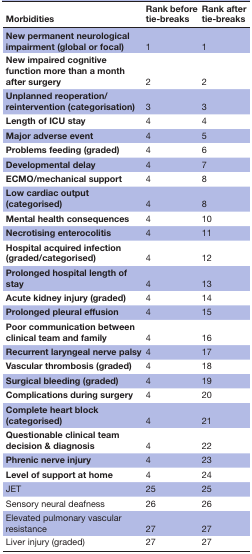
<table><thead><tr><td><b>Morbidities</b></td><td><b>Rank before tie-breaks</b></td><td><b>Rank after tie-breaks</b></td></tr></thead><tbody><tr><td><b>New permanent neurological impairment (global or focal)</b></td><td>1</td><td>1</td></tr><tr><td><b>New impaired cognitive function more than a month after surgery</b></td><td>2</td><td>2</td></tr><tr><td><b>Unplanned reoperation/reintervention (categorisation)</b></td><td>3</td><td>3</td></tr><tr><td><b>Length of ICU stay</b></td><td>4</td><td>4</td></tr><tr><td><b>Major adverse event</b></td><td>4</td><td>5</td></tr><tr><td><b>Problems feeding (graded)</b></td><td>4</td><td>6</td></tr><tr><td><b>Developmental delay</b></td><td>4</td><td>7</td></tr><tr><td><b>ECMO/mechanical support</b></td><td>4</td><td>8</td></tr><tr><td><b>Low cardiac output (categorised)</b></td><td>4</td><td>8</td></tr><tr><td><b>Mental health consequences</b></td><td>4</td><td>10</td></tr><tr><td><b>Necrotising enterocolitis</b></td><td>4</td><td>11</td></tr><tr><td><b>Hospital acquired infection (graded/categorised)</b></td><td>4</td><td>12</td></tr><tr><td><b>Prolonged hospital length of stay</b></td><td>4</td><td>13</td></tr><tr><td><b>Acute kidney injury (graded)</b></td><td>4</td><td>14</td></tr><tr><td><b>Prolonged pleural effusion</b></td><td>4</td><td>15</td></tr><tr><td><b>Poor communication between clinical team and family</b></td><td>4</td><td>16</td></tr><tr><td><b>Recurrent laryngeal nerve palsy</b></td><td>4</td><td>17</td></tr><tr><td><b>Vascular thrombosis (graded)</b></td><td>4</td><td>18</td></tr><tr><td><b>Surgical bleeding (graded)</b></td><td>4</td><td>19</td></tr><tr><td><b>Complications during surgery</b></td><td>4</td><td>20</td></tr><tr><td><b>Complete heart block (categorised)</b></td><td>4</td><td>21</td></tr><tr><td><b>Questionable clinical team decision &amp; diagnosis</b></td><td>4</td><td>22</td></tr><tr><td><b>Phrenic nerve injury</b></td><td>4</td><td>23</td></tr><tr><td><b>Level of support at home</b></td><td>4</td><td>24</td></tr><tr><td>JET</td><td>25</td><td>25</td></tr><tr><td>Sensory neural deafness</td><td>26</td><td>26</td></tr><tr><td>Elevated pulmonary vascular resistance</td><td>27</td><td>27</td></tr><tr><td>Liver injury (graded)</td><td>27</td><td>27</td></tr></tbody></table>